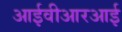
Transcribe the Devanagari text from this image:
आईवीआरआई